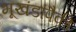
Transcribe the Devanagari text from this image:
भूखंडांपैकी